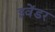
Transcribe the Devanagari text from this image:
इवेंडर